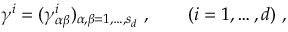
\gamma ^ { i } = ( \gamma _ { \alpha \beta } ^ { i } ) _ { \alpha , \beta = 1 , \ldots , s _ { d } } \; , \qquad ( i = 1 , \ldots , d ) \; ,